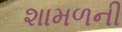
શામળની